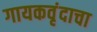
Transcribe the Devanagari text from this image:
गायकवृंदाचा